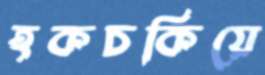
হকচকিয়ে